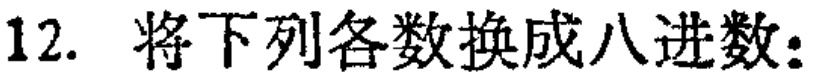
12. 将下列各数换成八进数：